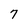
Character: 7